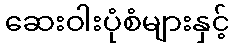
ဆေးဝါးပုံစံများနှင့်